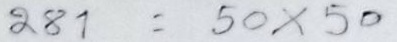
281 = 50 x 50